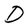
Character: D